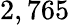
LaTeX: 2,765